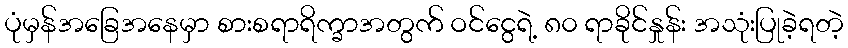
ပုံမှန်အခြေအနေမှာ စားစရာရိက္ခာအတွက် ဝင်ငွေရဲ့ ၈၀ ရာခိုင်နှုန်း အသုံးပြုခဲ့ရတဲ့